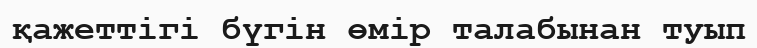
қажеттігі бүгін өмір талабынан туып